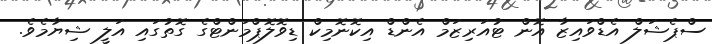
ސްޕެޝަލް އެޑްވައިޒާ އޮން ޓުއަރިޒަމް އެންޑް އިކޮނޮމިކް ޑިވޮލޮޕްމަންޓްގެ ގޮތުގައި އަލީ ޝިޔާމެވެ.